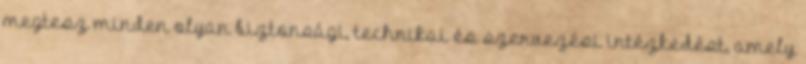
megtesz minden olyan biztonsági, technikai és szervezési intézkedést, amely